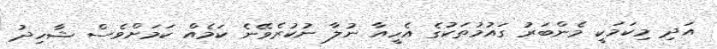
އަދި މިކަމަކީ މެންބަރު ގައުމުތަކުގެ އެހީއާ ނުލާ ނުކުރެވޭނެ ކަމެއް ކަމަށްވެސް ޝާހިދު